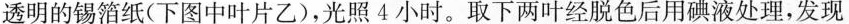
透明的锡箔纸(下图中叶片乙)，光照4小时。取下两叶经脱色后用碘液处理，发现